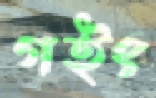
গইং